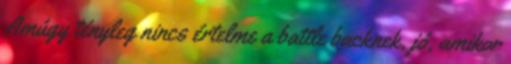
Amúgy tényleg nincs értelme a battle backnek, jó, amikor